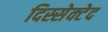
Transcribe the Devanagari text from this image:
दिस्सेक्टेद